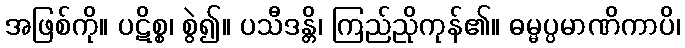
အဖြစ်ကို။ ပဋိစ္စ၊ စွဲ၍။ ပသီဒန္တိ၊ ကြည်ညိုကုန်၏။ ဓမ္မပ္ပမာဏိကာပိ၊